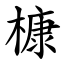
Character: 槺